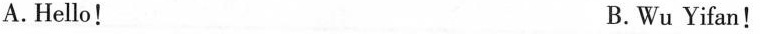
A.Hello！ B.Wu Yifan！